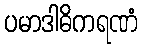
ပမာဒါဓိကရဏံ